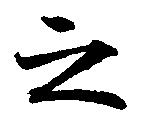
之